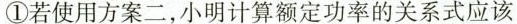
①若使用方案二，小明计算额定功率的关系式应该